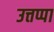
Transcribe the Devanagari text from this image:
उत्तप्पा